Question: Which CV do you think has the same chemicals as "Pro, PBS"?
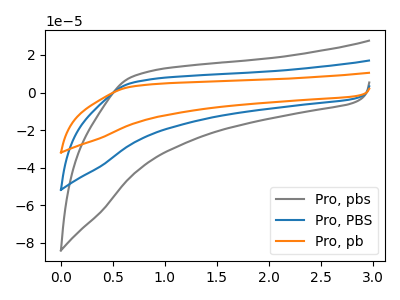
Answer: <think>The gray curve "Pro, pbs" has no peaks. The blue curve "Pro, PBS" has no peaks. The orange curve "Pro, pb" has no peaks.
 Neither "Pro, pbs" or "Pro, PBS" have any peaks. Neither "Pro, pbs" or "Pro, pb" have any peaks. Neither "Pro, PBS" or "Pro, pb" have any peaks.</think>
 <answer>"Pro, PBS" and "Pro, pb" have a similar shape to "Pro, pbs".</answer>
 <eval>"Pro, PBS" "Pro, pb"</eval>